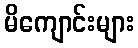
မိကျောင်းများ